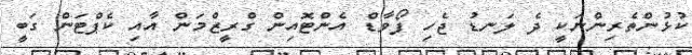
ކުޅުންތެރިންނަކީ ދެ ލަނޑު ޖެހި ފޯވާޑް އެންޓޮއިން ގްރީޒްމަން އާއި ކެޕްޓަން ގަބީ